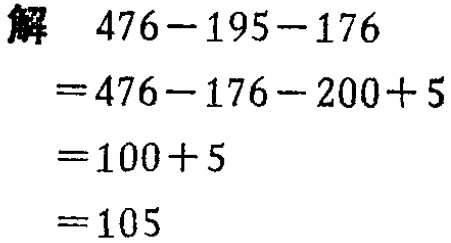
解 \(476 - 195 - 176\)
\(= 476 - 176 - 200 + 5\)
\(= 100 + 5\)
\(= 105\)